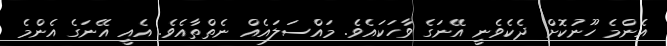
އެންމެ ހޫނުކޮށް ދެކެވެނީ އޭނަގެ ވާހަކައެވެ. މައްސަލައެއް ނެތްތާއެވެ. އެއީ އޭނަގެ އެންމެ